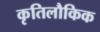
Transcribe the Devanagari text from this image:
कृतिलौकिक